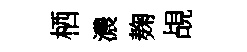
栖濃麹覘